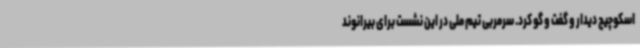
اسکوچیچ دیدار و گفت و گو کرد. سرمربی تیم ملی در این نشست برای بیرانوند